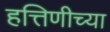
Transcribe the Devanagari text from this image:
हत्तिणीच्या